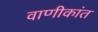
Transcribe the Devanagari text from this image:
वाणीकांत